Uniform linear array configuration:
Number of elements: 64
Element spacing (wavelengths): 1
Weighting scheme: hamming
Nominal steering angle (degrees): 15
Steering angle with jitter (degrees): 13.263
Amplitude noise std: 0.05
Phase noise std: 0.05

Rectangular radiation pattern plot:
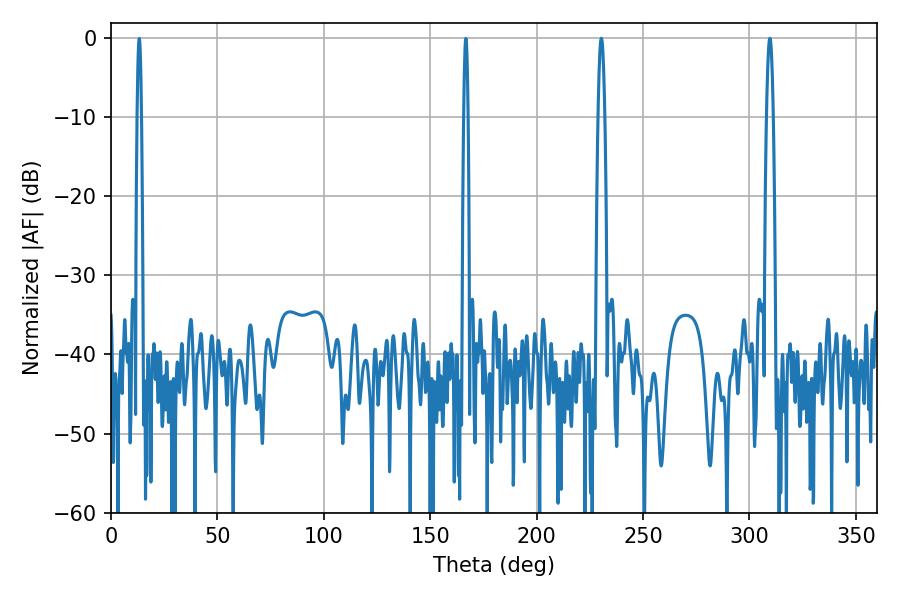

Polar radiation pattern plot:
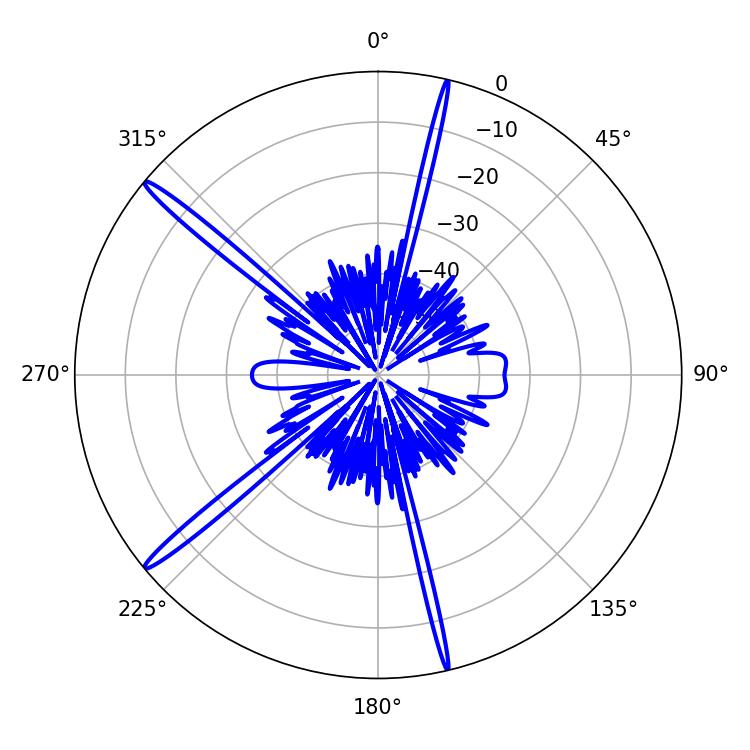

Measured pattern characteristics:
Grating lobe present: TRUE
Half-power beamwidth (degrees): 1.8
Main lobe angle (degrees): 230.4